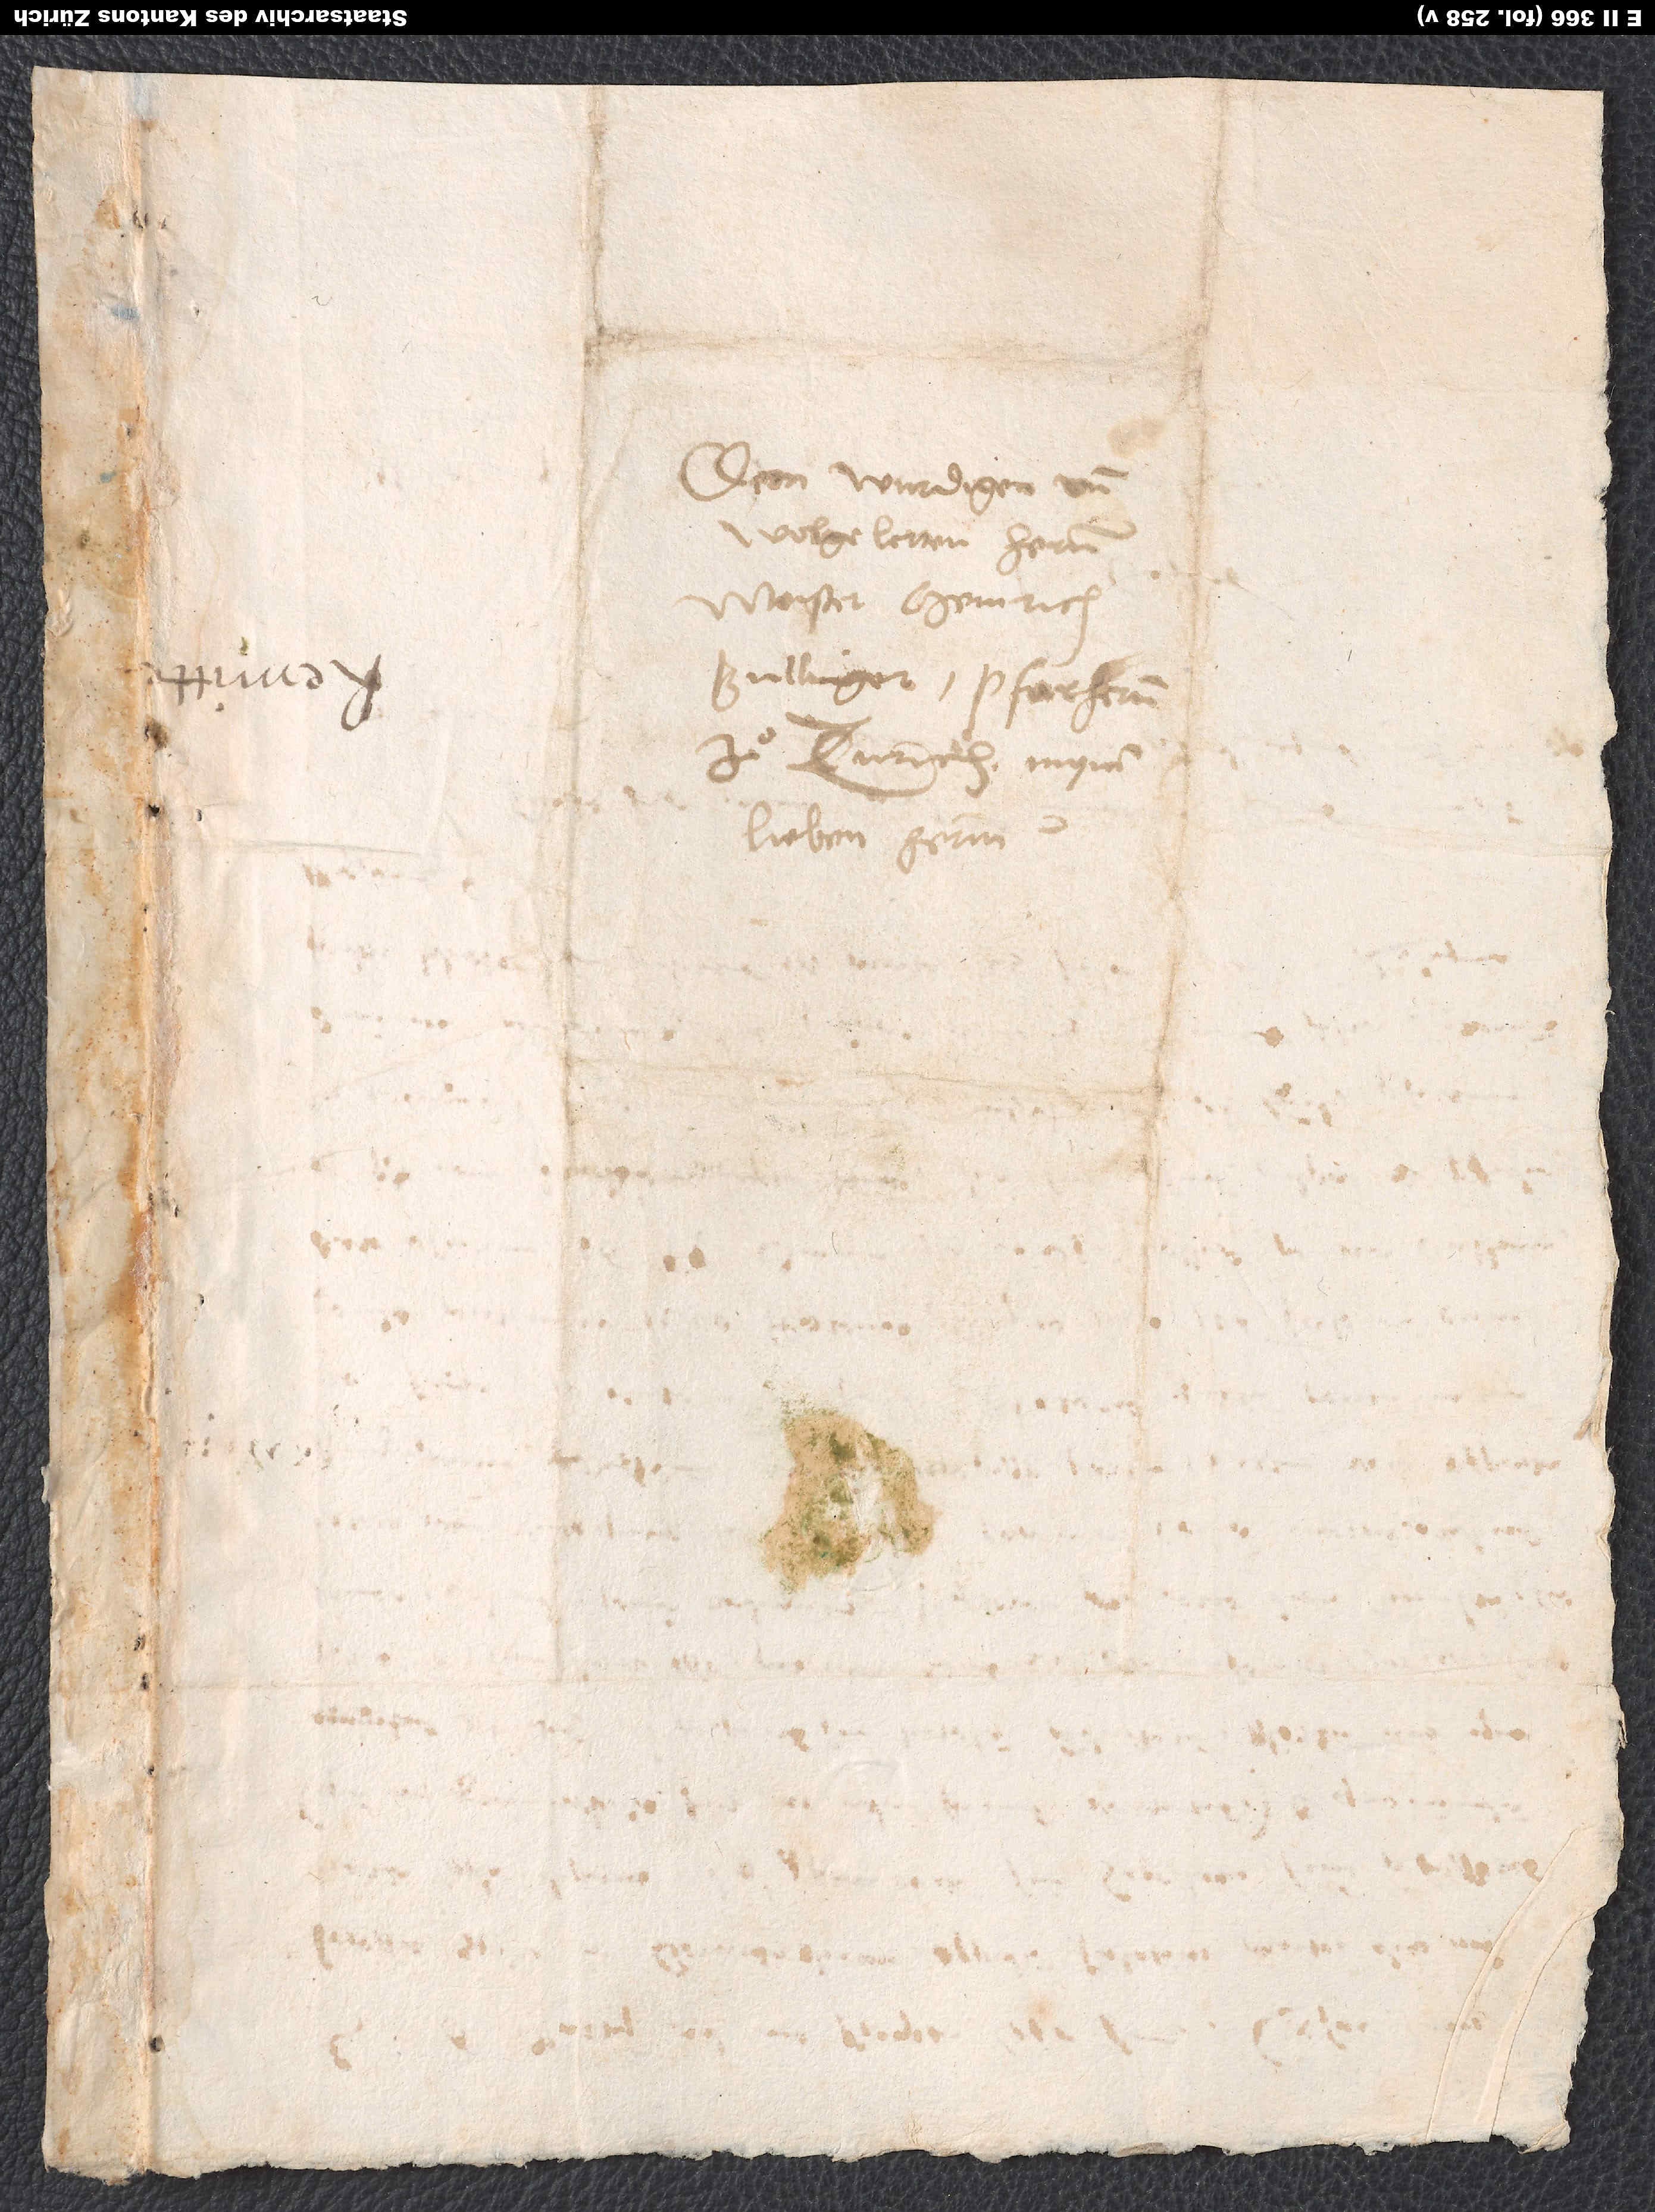
Dem wurdigen und
wolgelerten hernn
Meister Heinrich
Bullinger, pfarhernn
zuͦ Zurich, mynem
lieben herrnn.